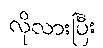
လိုလားပြီး